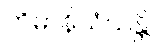
ကိမာနိသံသန္တိ